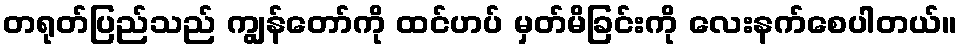
တရုတ်ပြည်သည် ကျွန်တော်ကို ထင်ဟပ် မှတ်မိခြင်းကို လေးနက်စေပါတယ်။